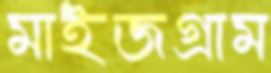
মাইজগ্রাম